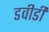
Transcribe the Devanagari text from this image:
डवीडी